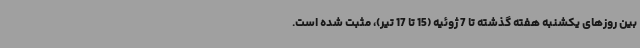
بین روزهای یکشنبه هفته گذشته تا 7 ژوئیه (15 تا 17 تیر)، مثبت شده است.